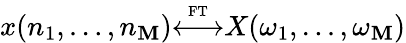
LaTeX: x(n_{1},\ldots,n_{\mathbf{M}}){\overset{\underset{\mathrm{{FT}}}{}}{\longleftrightarrow}}X(\omega_{1},\ldots,\omega_{\mathbf{M}})